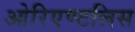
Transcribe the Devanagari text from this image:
ओरिएण्टलिस